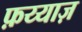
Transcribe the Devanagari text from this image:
फ़य्याज़